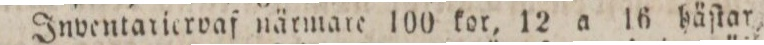
Inventariorvaf närmare 100 kor, 12 a 16 häſtar,